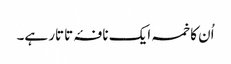
اُن کا خمسہ ایک نافۂ تاتار ہے۔